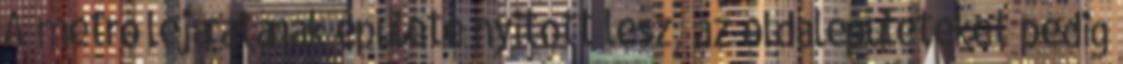
A metró lejáratának épülete nyitott lesz, az oldalépületeket pedig